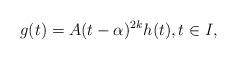
LaTeX: \begin{align*}g(t)=A(t-\alpha)^{2k}h(t),t\in I,\end{align*}